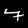
Label: 7